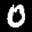
Label: 0